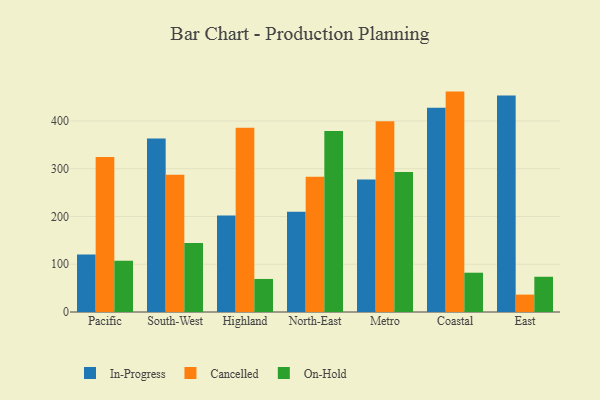
{"axis": {"x": "Region", "y": "Humidity (%)"}, "legend": ["Cancelled", "In-Progress", "On-Hold"], "data": [{"x": "Pacific", "y": 120.6, "type": "In-Progress"}, {"x": "Pacific", "y": 324.7, "type": "Cancelled"}, {"x": "Pacific", "y": 107.2, "type": "On-Hold"}, {"x": "South-West", "y": 363.3, "type": "In-Progress"}, {"x": "South-West", "y": 287.2, "type": "Cancelled"}, {"x": "South-West", "y": 144.3, "type": "On-Hold"}, {"x": "Highland", "y": 202.0, "type": "In-Progress"}, {"x": "Highland", "y": 385.9, "type": "Cancelled"}, {"x": "Highland", "y": 69.2, "type": "On-Hold"}, {"x": "North-East", "y": 209.8, "type": "In-Progress"}, {"x": "North-East", "y": 283.1, "type": "Cancelled"}, {"x": "North-East", "y": 379.0, "type": "On-Hold"}, {"x": "Metro", "y": 277.5, "type": "In-Progress"}, {"x": "Metro", "y": 399.6, "type": "Cancelled"}, {"x": "Metro", "y": 293.0, "type": "On-Hold"}, {"x": "Coastal", "y": 427.9, "type": "In-Progress"}, {"x": "Coastal", "y": 461.5, "type": "Cancelled"}, {"x": "Coastal", "y": 82.3, "type": "On-Hold"}, {"x": "East", "y": 453.5, "type": "In-Progress"}, {"x": "East", "y": 36.4, "type": "Cancelled"}, {"x": "East", "y": 73.8, "type": "On-Hold"}]}